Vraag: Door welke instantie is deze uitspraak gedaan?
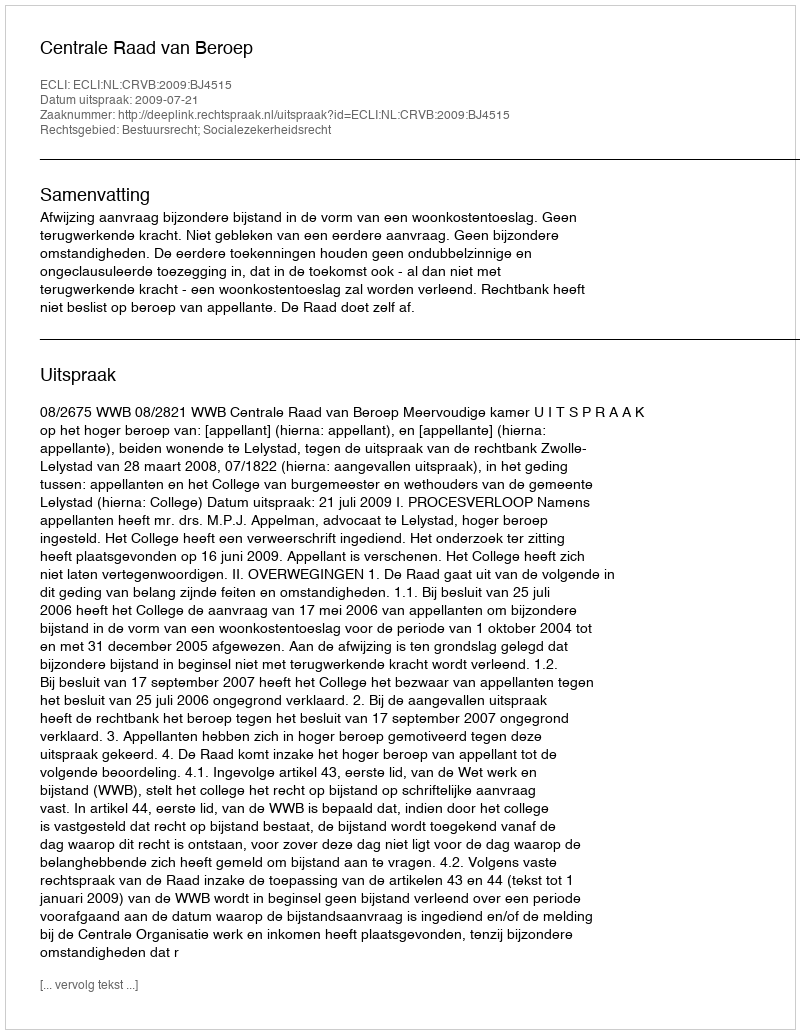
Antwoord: Centrale Raad van Beroep